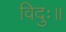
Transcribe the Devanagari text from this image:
विदुः॥